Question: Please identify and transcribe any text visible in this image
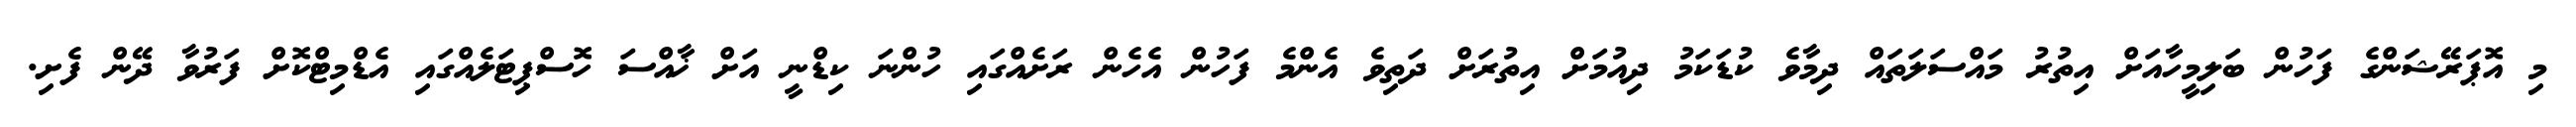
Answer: މި އޮޕަރޭޝަންގެ ފަހުން ބަލިމީހާއަށް އިތުރު މައްސަލަތައް ދިމާވެ ކުޑަކަމު ދިއުމަށް އިތުރަށް ދަތިވެ އެންމެ ފަހުން އެހެން ރަށެއްގައި ހުންނަ ކިޑްނީ އަށް ޚާއްސަ ހޮސްޕިޓަލެއްގައި އެޑްމިޓްކޮށް ފަރުވާ ދޭން ފެށި.